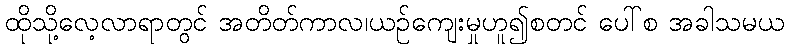
ထိုသို့လေ့လာရာတွင် အတိတ်ကာလ၊ယဉ်ကျေးမှုဟူ၍စတင် ပေါ်စ အခါသမယ